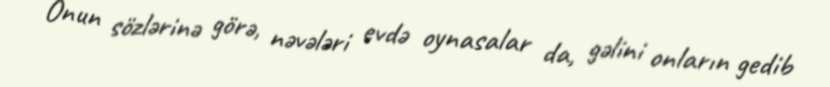
Onun sözlərinə görə, nəvələri evdə oynasalar da, gəlini onların gedib